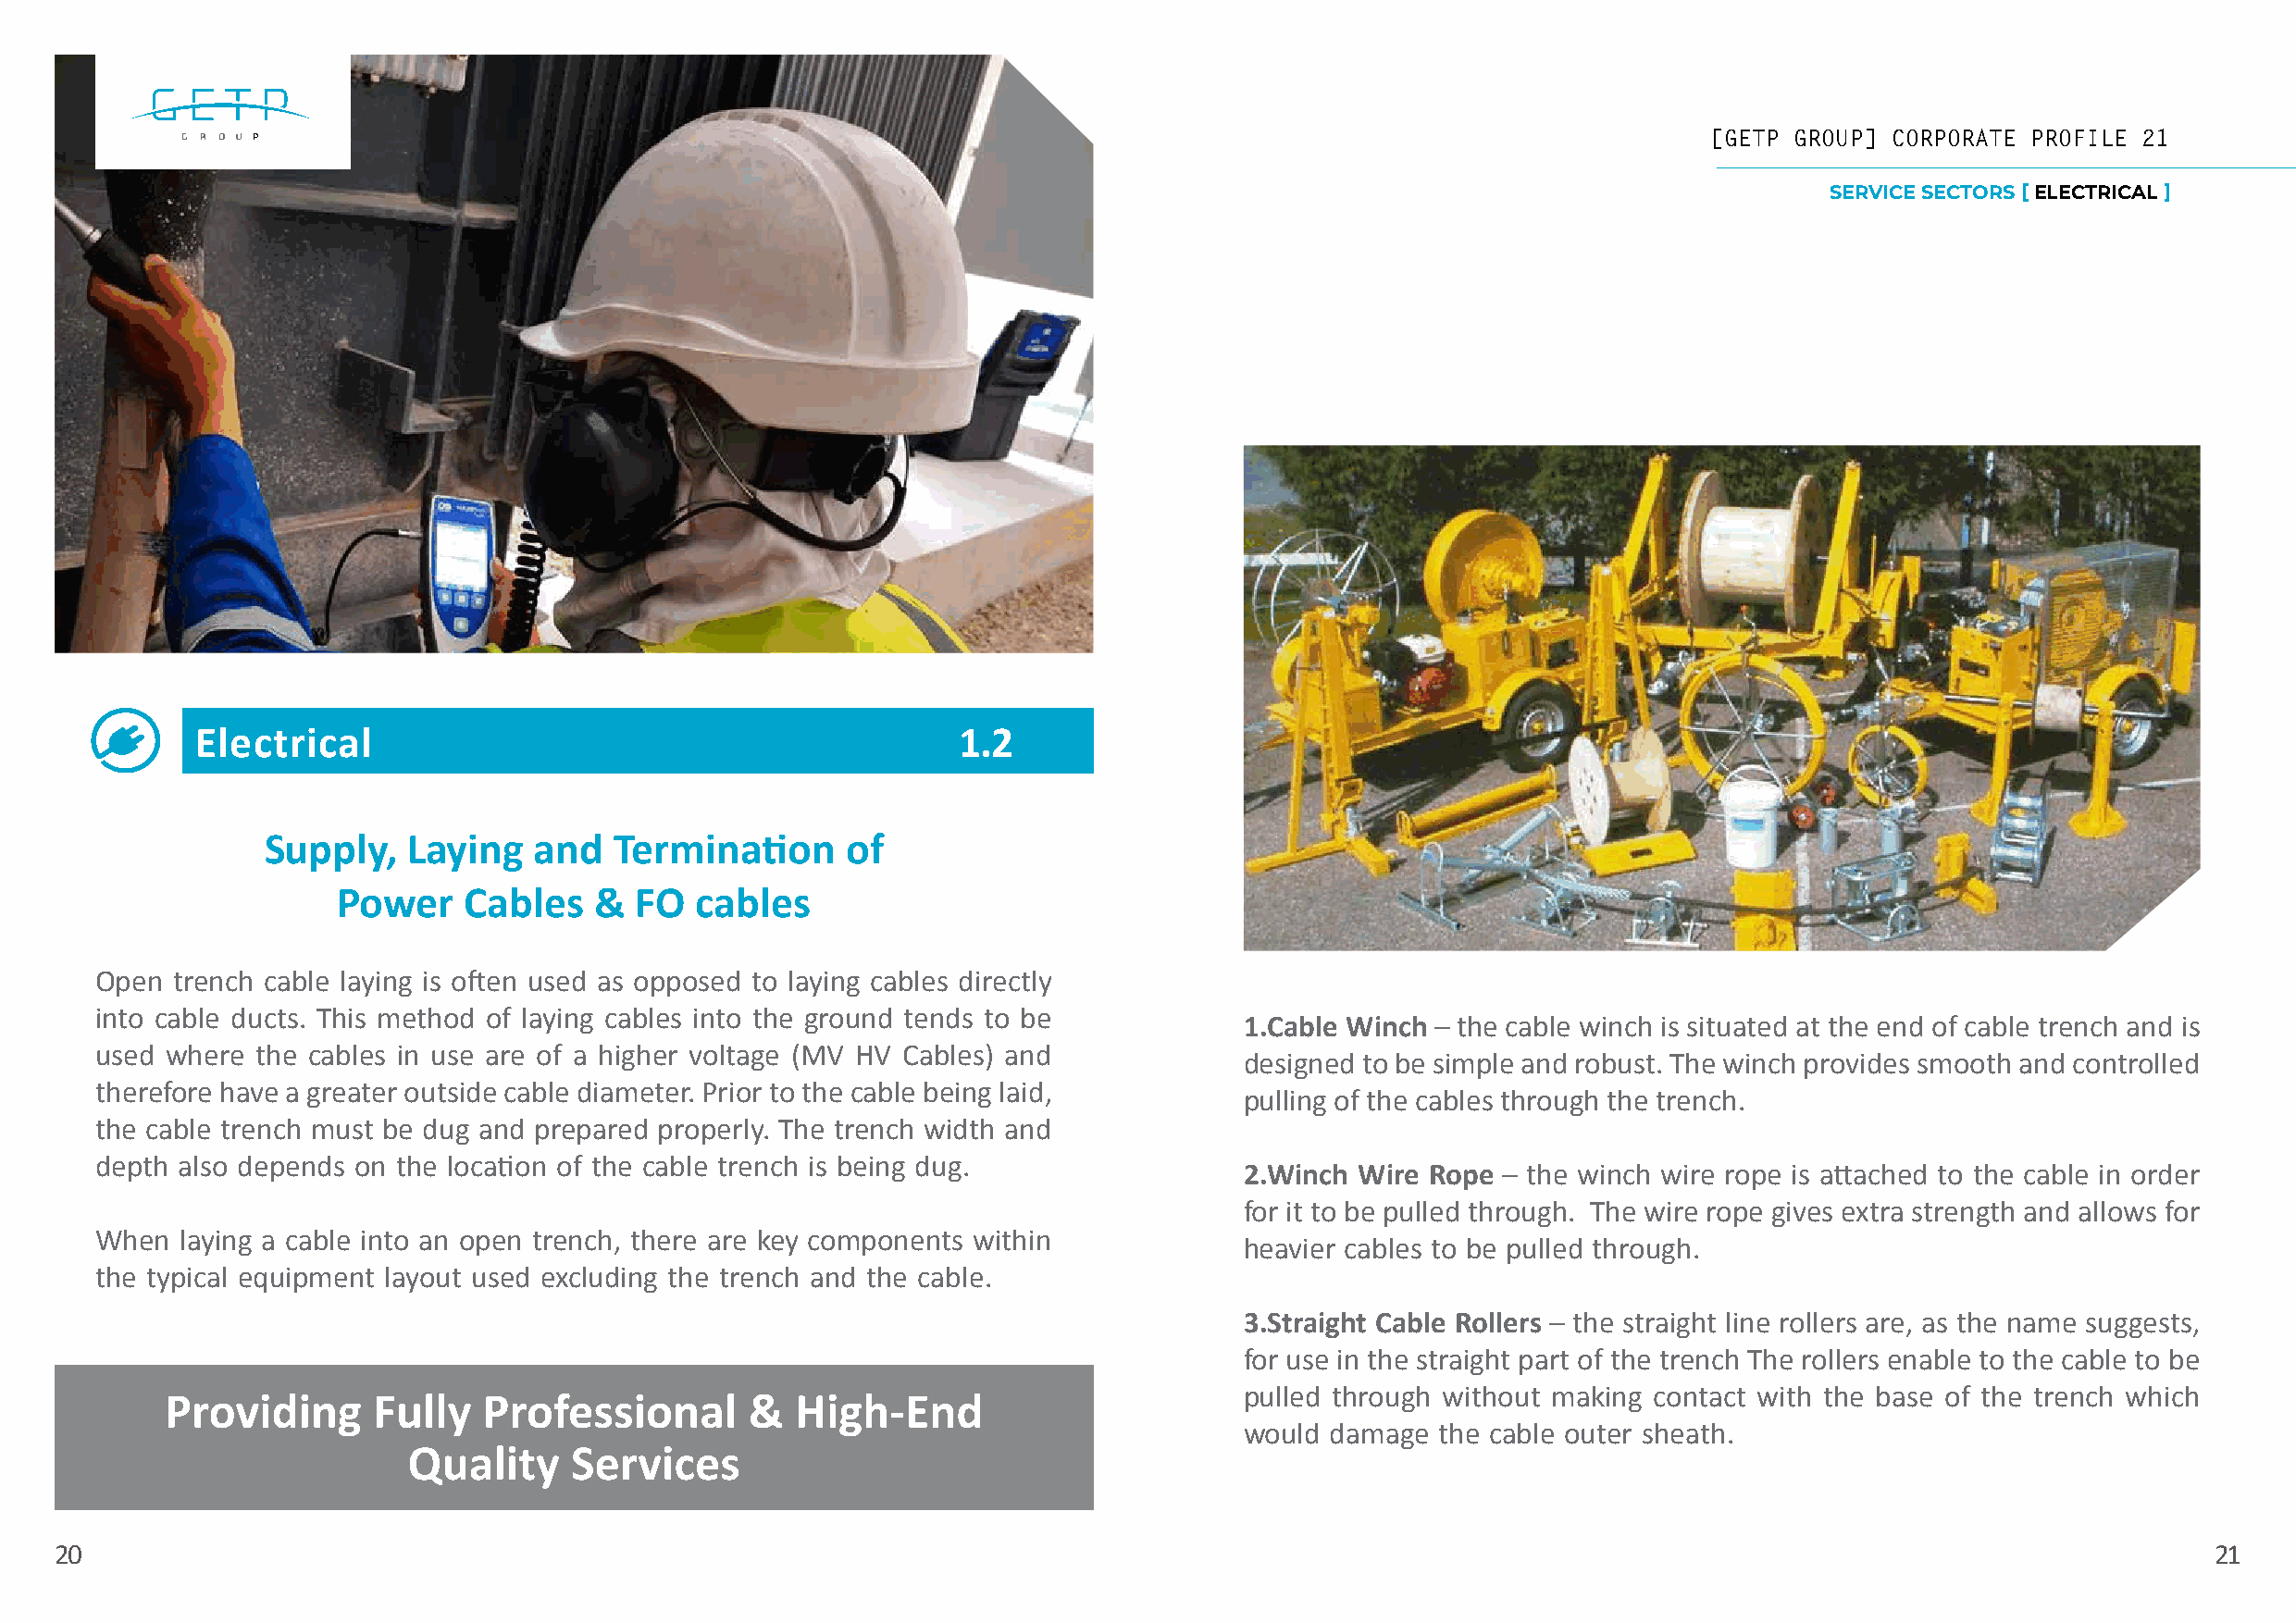
[[GGEETTPP GGRROOUUPP]] CCOORRPPOORRAATTEE PPRROOFFIILLEE 2211
 SERVICE SECTORS [ ELECTRICAL ]
 Electrical                                            1.2
 Supply,   Laying   and   Termination     of
 Power    Cables    & FO   cables
 Open trench cable laying is often used as opposed to laying cables directly
 into cable ducts. This method of laying cables into the ground tends to be
 1.Cable Winch – the cable winch is situated at the end of cable trench and is
 used where the cables in use are of a higher voltage (MV HV Cables) and
 designed to be simple and robust. The winch provides smooth and controlled
 therefore have a greater outside cable diameter. Prior to the cable being laid,
 pulling of the cables through the trench.
 the cable trench must be dug and prepared properly. The trench width and
 depth also depends on the location of the cable trench is being dug.
 2.Winch Wire Rope – the winch wire rope is attached to the cable in order
 for it to be pulled through. The wire rope gives extra strength and allows for
 When  laying a cable into an open trench, there are key components within
 heavier cables to be pulled through.
 the typical equipment layout used excluding the trench and the cable.
 3.Straight Cable Rollers – the straight line rollers are, as the name suggests,
 for use in the straight part of the trench The rollers enable to the cable to be
 Providing      Fully   Professional       &  High-End                        pulled through without making contact with the base of the trench which
 would damage  the cable outer sheath.
 Quality     Services
 20                                                                                                                                                        21